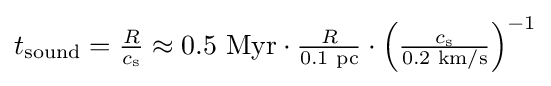
{\textstyle t_{\text{sound}}={\frac {R}{c_{\text{s}}}}\approx 0.5{\text{ Myr}}\cdot {\frac {R}{0.1{\text{ pc}}}}\cdot \left({\frac {c_{\text{s}}}{0.2{\text{ km/s}}}}\right)^{-1}}